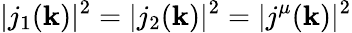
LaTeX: |j_{1}(\mathbf{k})|^{2}=|j_{2}(\mathbf{k})|^{2}=|j^{\mu}(\mathbf{k})|^{2}